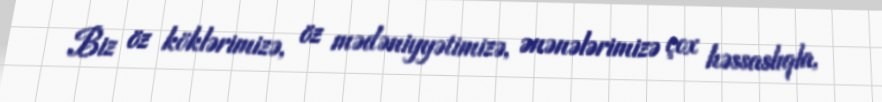
Biz öz köklərimizə, öz mədəniyyətimizə, ənənələrimizə çox həssaslıqla,